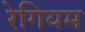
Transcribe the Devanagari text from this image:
रेगियम